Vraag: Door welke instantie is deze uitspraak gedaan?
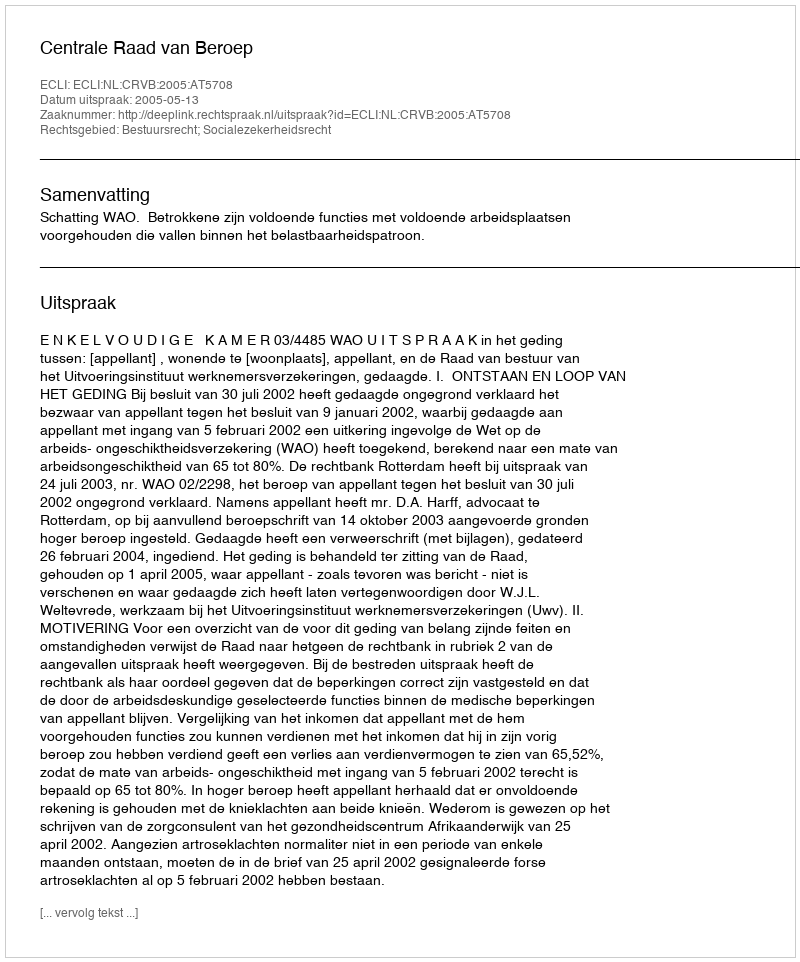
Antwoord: Centrale Raad van Beroep